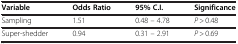
| Variable | Odds Ratio | 95% C.I. | Significance |
 | --- | --- | --- | --- |
 | Sampling | 1.51 | 0.48 – 4.78 | P > 0.48 |
 | Super-shedder | 0.94 | 0.31 – 2.91 | P > 0.69 |